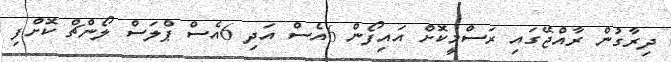
ދިރާގުން ރާއްޖޭގައި ރަސްމީކޮށް އައިފޯން 6އެސް އަދި 6އެސް ޕްލަސް ލޯންޗް ކޮށްފި